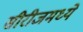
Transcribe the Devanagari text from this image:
सीरीजमध्ये